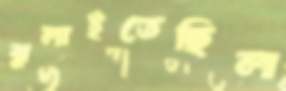
ঝুলাইতেছিল